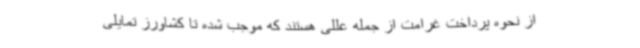
از نحوه پرداخت غرامت از جمله عللی هستند که موجب شده تا کشاورز تمایلی